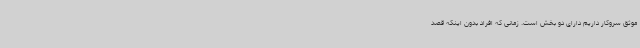
موثق سروکار داریم دارای دو بخش است. زمانی که افراد بدون اینکه قصد